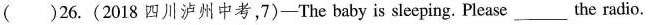
( )26.(2018四川泸州中考,7)-The baby is sleeping. Please___the radio.